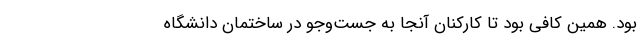
بود. همین کافی بود تا کارکنان آنجا به جست‌و‌جو در ساختمان دانشگاه